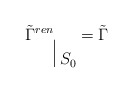
\begin{align*}\tilde {\Gamma}^{ren}\raisebox{-1.5em}{\vrule height 1.5em \ $S_0$}=\tilde {\Gamma} \end{align*}